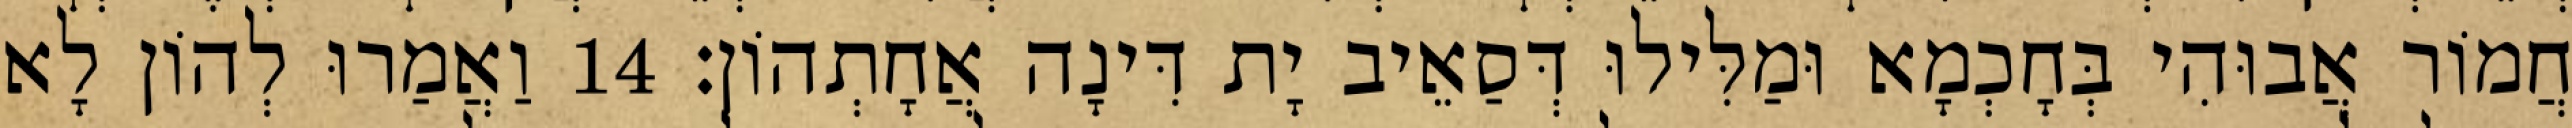
חֲמוֹר אֲבוּהִי בְּחָכְמָא וּמַלִּילוּ דְּסַאֵיב יָת דִּינָה אֲחָתְהוֹן׃ 14 וַאֲמַרוּ לְהוֹן לָא